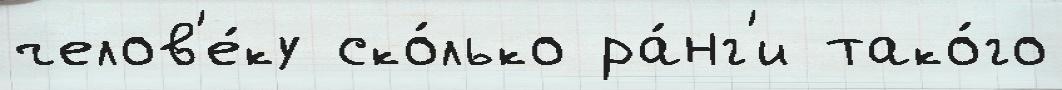
челов'е́ку ско́лько ра́нг'и тако́го